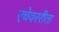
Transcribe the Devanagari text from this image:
एचेवररीता